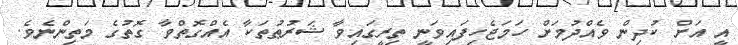
އީ އަށް ކުދިން ވެއްދުމަށް ހަމަޖެހިފައިވަނީ ތިރީގައިވާ ޝަރުޠުތަކާ އެއްގޮތްވާ ގޮތުގެ މަތިންނެވެ.